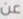
عن